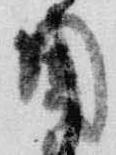
固